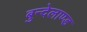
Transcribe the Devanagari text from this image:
बुन्देलाण्ड